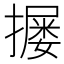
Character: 𪮴